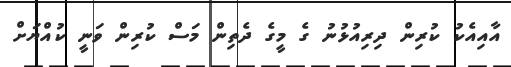
އާއިއެކު ކުރިން ދިރިއުޅުނު ގެ މީގެ ދެތިން މަސް ކުރިން ވަނީ ކުއްޔަށް